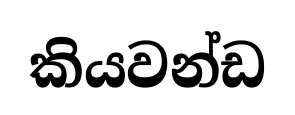
කියවන්ඩ